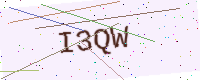
Text: I3QW